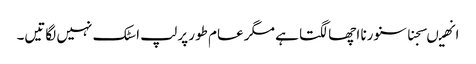
انھیںسجنا سنورنا اچھا لگتا ہے مگر عام طور پر لپ اسٹک نہیں لگاتیں۔